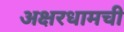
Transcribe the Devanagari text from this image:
अक्षरधामची